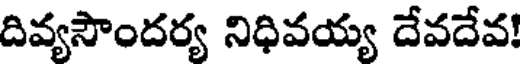
దివ్యసౌందర్య నిధివయ్య దేవదేవ!